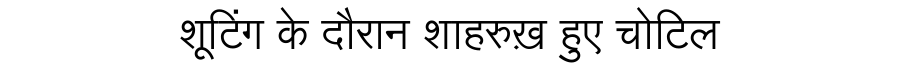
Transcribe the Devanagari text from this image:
शूटिंग के दौरान शाहरुख़ हुए चोटिल